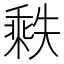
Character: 𬼒